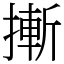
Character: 摲